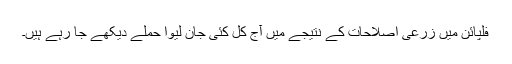
فلپائن میں زرعی اصلاحات کے نتیجے میں آج کل کئی جان لیوا حملے ديکھے جا رہے ہيں۔